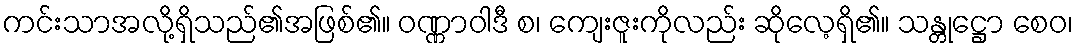
ကင်းသာအလို့ရှိသည်၏အဖြစ်၏။ ဝဏ္ဏာဝါဒီ စ၊ ကျေးဇူးကိုလည်း ဆိုလေ့ရှိ၏။ သန္တုဋ္ဌော စေဝ၊